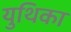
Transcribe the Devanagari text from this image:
युथिका